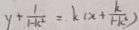
y + \frac { 1 } { 1 - k ^ { 2 } } = k ( x + \frac { k } { 1 - k ^ { 2 } } )